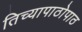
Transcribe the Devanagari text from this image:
तिच्यापाठोपाठ